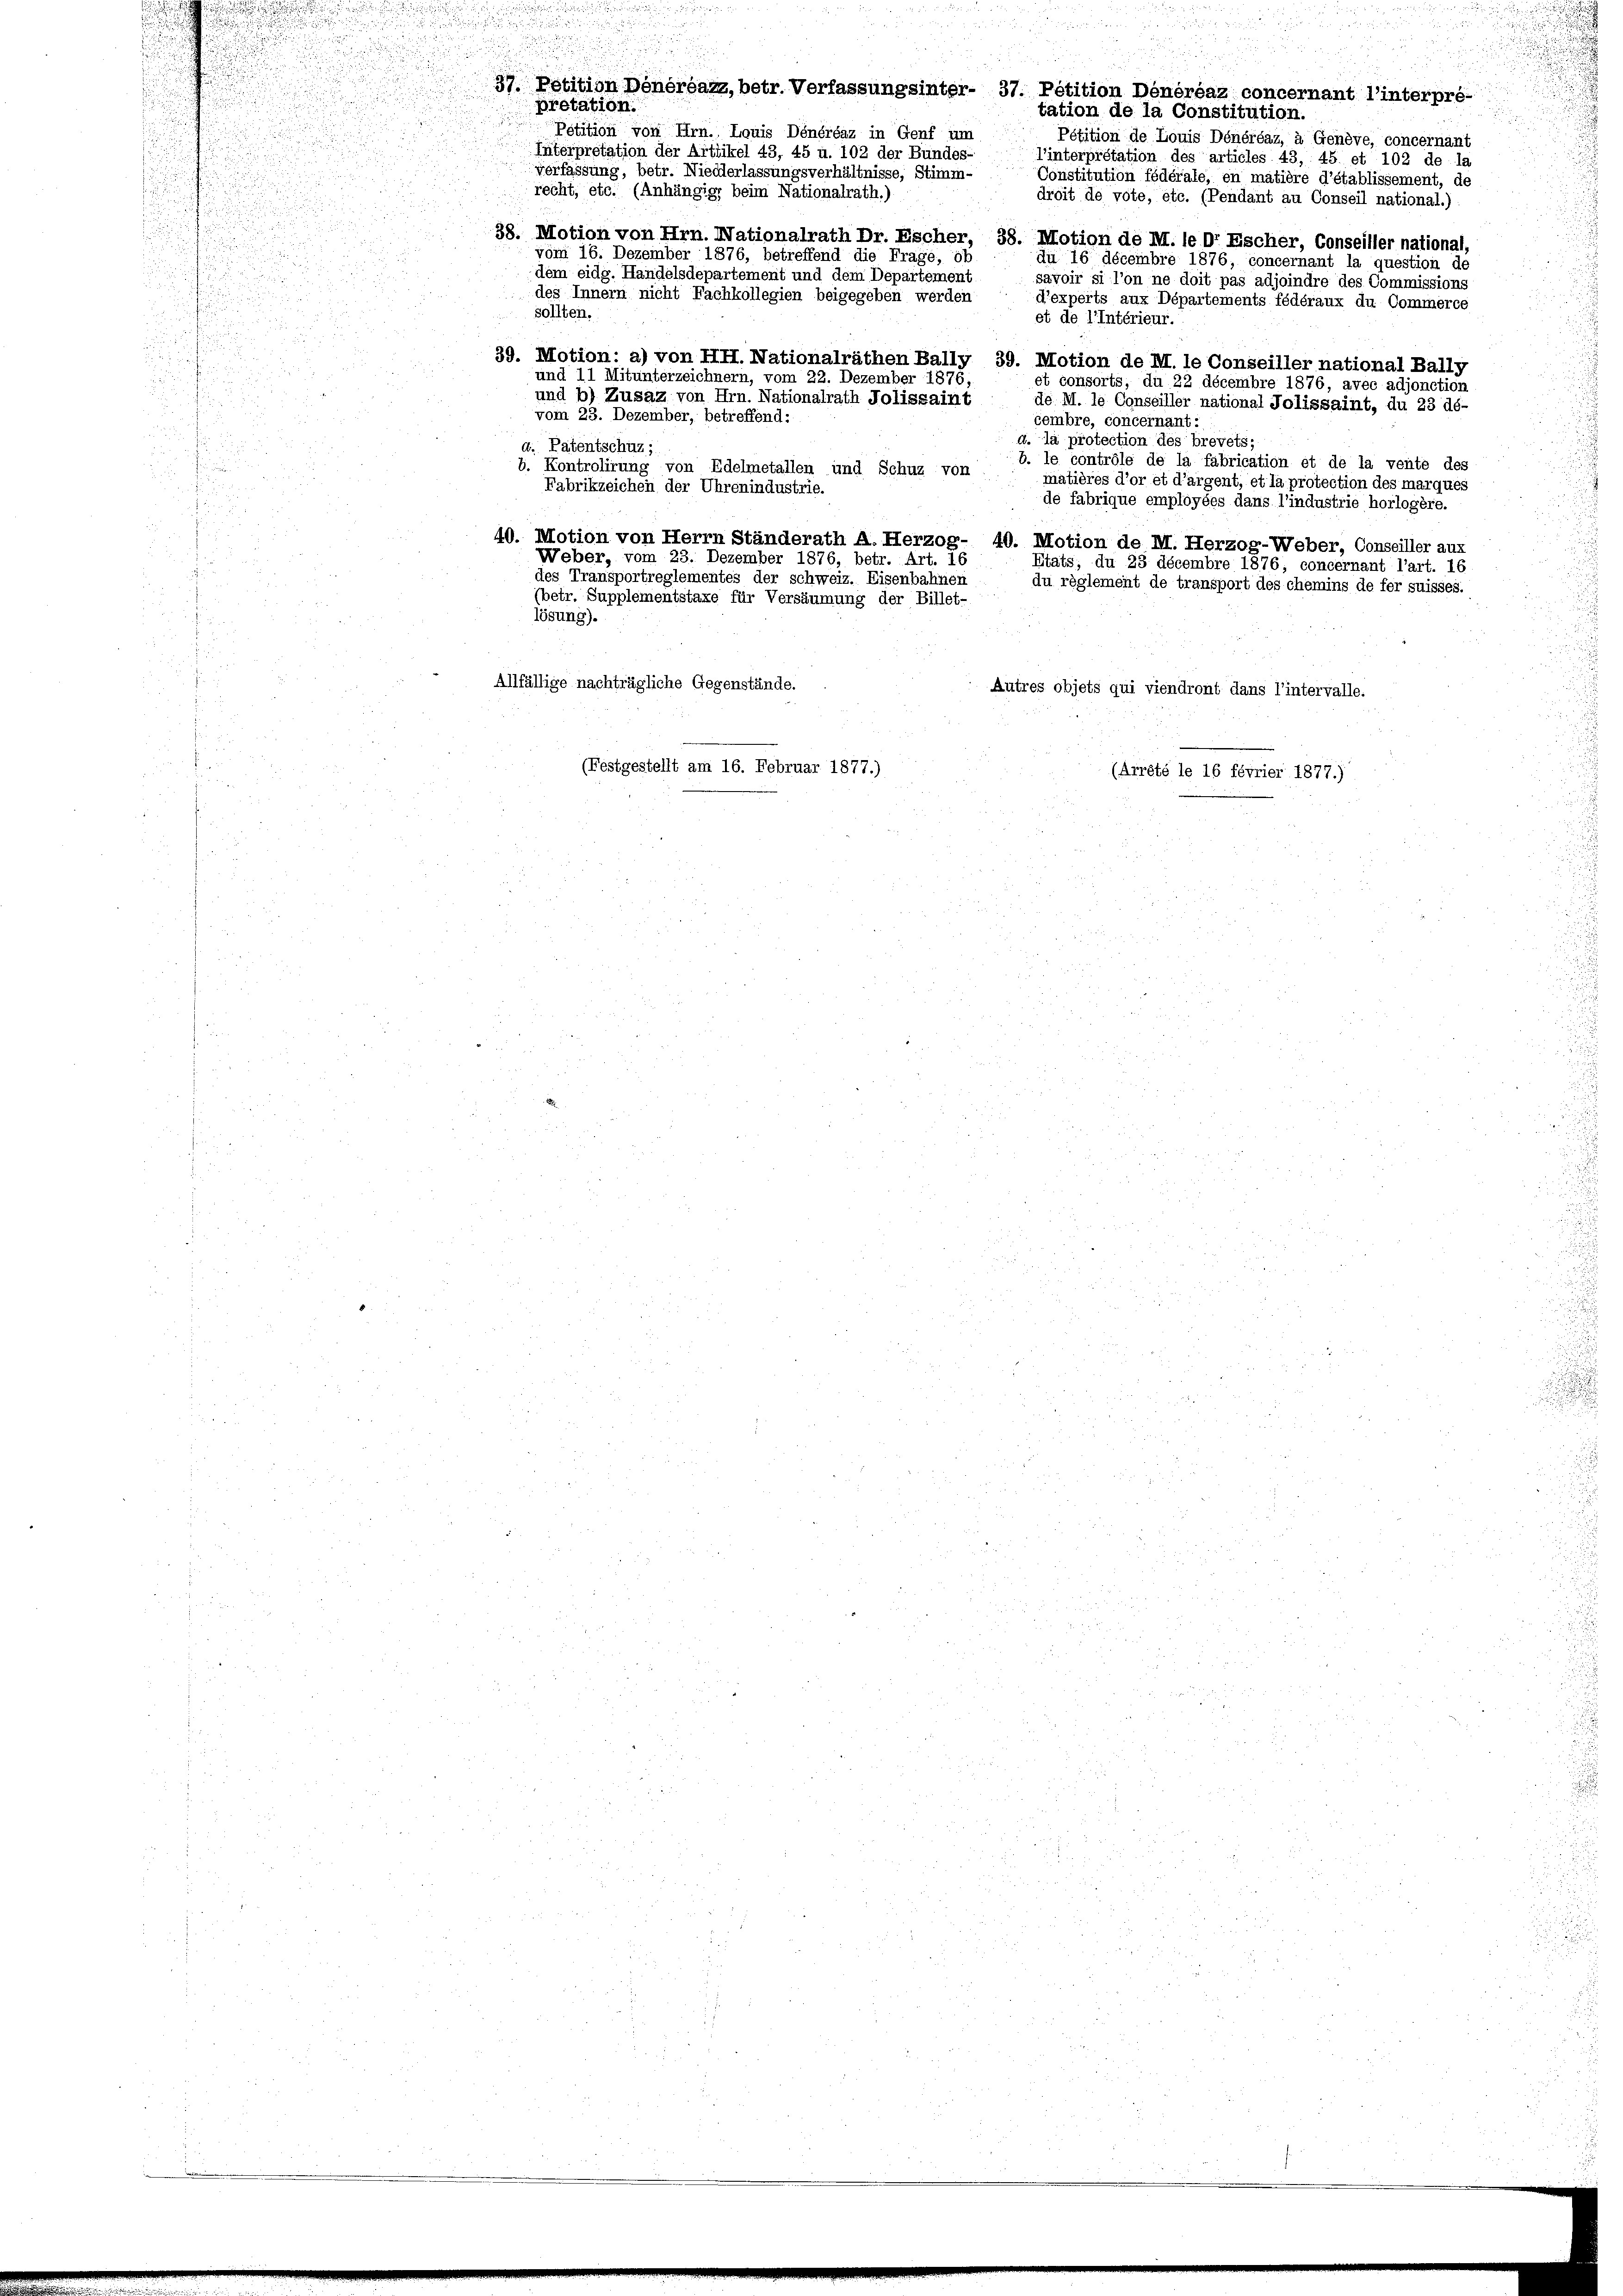
e

pretation.
u

37. Petition Donerpazz, betr. Verfassungsinter- 37. Pétition Dénéréaz concernant l’interpré-
tation de la Constitution.
Pétition von Hrn. Louis Dénéréaz in Genf um
Pétition de Louis Dénéréaz, à Genève, concernant
Interpretation der Artikel 43, 45 u. 102 der Bundes-
l’interpretation des articles 43, 45 et 102 de la
verfassung, betr. Niederlassungsverhältnisse, Stimm-
Constitution fédérale, en matière d’établissement, de
recht, etc. (Anhängige beim Nationalrath.)
droit de vote, etc. (Pendant au Conseil national.)
38. Motion von Hrn. Nationalrath Dr. Escher, 38. Motion de M. le Dr Escher, Conseiller national,
vom 16. Dezember 1876, betreffend die Frage, ob
du 16 décembre 1876, concernant la question de
dem eidg. Handelsdepartement und dem Departement
savoir si l’on ne doit pas adjoindre des Commissions
des Innern nicht Fachkollegien beigegeben werden
d’experts aux Départements fédéraux du Commerce
sollten.
et de l’intérieur.
39. Motion: a) von HH. Nationalräthen Bally 39. Motion de M. le Conseiller national Bally
und 11 Mitunterzeichnern, vom 22. Dezember 1876,
et consorts, du 22 décembre 1876, avec adjonction
und b) Zusaz von Hrn. Nationalrath Jolissaint
de M. le Conseiller national Jolissaint, du 23 dé-
vom 23. Dezember, betreffend:
cembre, concernant:
a. la protection des brevets;
d. Patentschuz;
b. le contrôle de la fabrication et de la vente des
b. Kontrolirung von Edelmetallen und Schuz von
matières d’or et d’argent, et la protection des marques
Fabrikzeichen der Uhrenindustrie.
de fabrique employées dans l’industrie horlogère.
40. Motion von Herrn Ständerath A. Herzog- 40. Motion de M. Herzog-Weber, Conseiller aux
Weber, vom 23. Dezember 1876, betr. Art. 16
Etats, du 23 décembre 1876; concernant l’art. 16
des Transportreglementes der schweiz. Eisenbahnen
du règlement de transport des chemins de fer suisses.
(betr. Supplementstaxe für Versäumung der Billet-
lösung).
Allfällige nachträgliche Gegenstände.
Autres objets qui viendront dans l’intervalle.
(Festgestellt am 16. Februar 1877.)
(Arrété le 16 février 1877.)

52